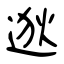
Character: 逖